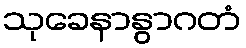
သုခေနာနွာဂတံ